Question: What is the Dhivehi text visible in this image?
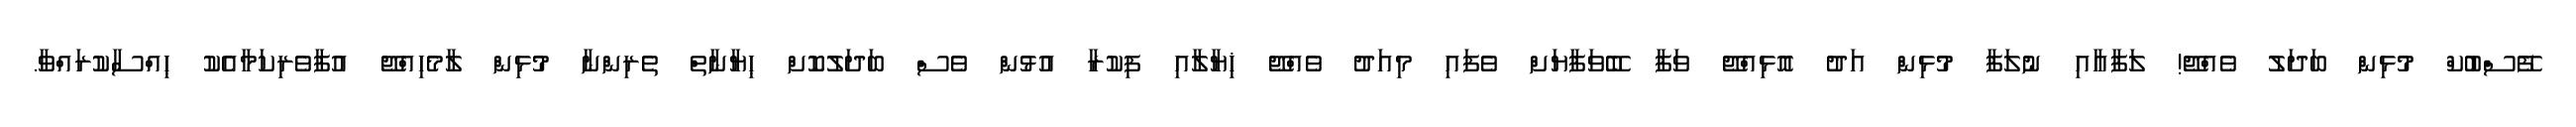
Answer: ފޭސްބުކް މުޅިން ބަދަލު ވެއްޖޭ! ލަފާއާއި ނުލަފާ މުޅިން އަދު އޮޅިއްޖޭ ވަފާ ބޭވަފާޔަށް ވެފައި މިއަދު ވެއްޖޭ ޚިޔާލާއި ފިކުރާ އުޅުން ވެސް ބަދަލުކޮށް ޙިޔާނާތް ތެރިންނާ މުޅިން ލާމެހިއްޖޭ އުފާވެރިކަމާއެކު ޙިއްސާކުރައްވާ.